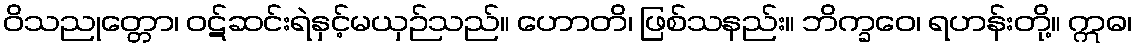
ဝိသညုတ္တော၊ ဝဋ်ဆင်းရဲနှင့်မယှဉ်သည်။ ဟောတိ၊ ဖြစ်သနည်း။ ဘိက္ခဝေ၊ ရဟန်းတို့။ ဣဓ၊